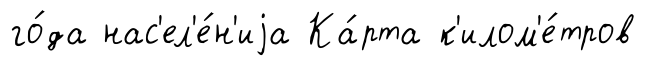
го́да нас'ел'е́н'иjа Ка́рта к'илом'е́тров